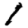
Digit: 1